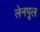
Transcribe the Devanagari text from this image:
लेनपूल